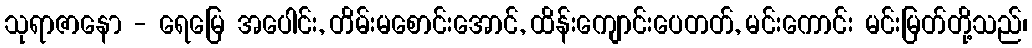
သုရာဇာနော - ရေမြေ အပေါင်း, တိမ်းမစောင်းအောင်, ထိန်းကျောင်းပေတတ်, မင်းကောင်း မင်းမြတ်တို့သည်၊